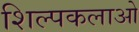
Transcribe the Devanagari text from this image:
शिल्‍पकलाओ